Document type: payment_order
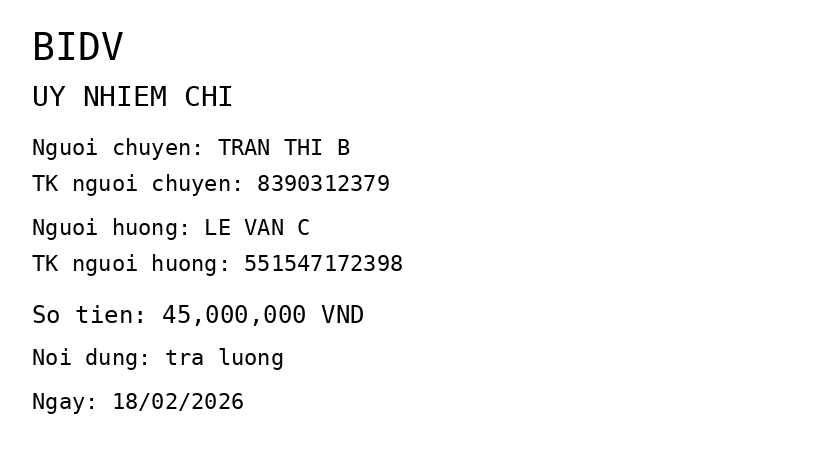
OCR transcript:
BIDV
UY NHIEM CHI
Nguoi chuyen: TRAN THI B
TK nguoi chuyen: 8390312379
Nguoi huong: LE VAN C
TK nguoi huong: 551547172398
So tien: 45,000,000 VND
Noi dung: tra luong
Ngay: 18/02/2026
Extracted fields:
bank_name: bidv
sender_name: tran thi b
sender_account: 8390312379
beneficiary_name: le van c
beneficiary_account: 551547172398
amount: 45000000
content: tra luong
date: 2026-02-18